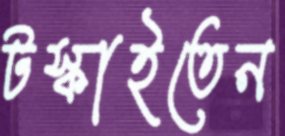
টস্‌কাইতেন